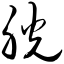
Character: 胱